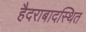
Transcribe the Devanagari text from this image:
हैदराबादस्थित